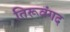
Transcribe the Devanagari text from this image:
तिरूवंगद